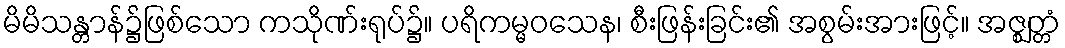
မိမိသန္တာန်၌ဖြစ်သော ကသိုဏ်းရုပ်၌။ ပရိကမ္မဝသေန၊ စီးဖြန်းခြင်း၏ အစွမ်းအားဖြင့်။ အဇ္ဈတ္တံ